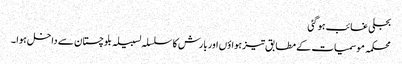
بجلی غائب ہو گئی
محکمہ موسمیات کے مطابق تیز ہواؤں اور بارش کا سلسلہ لسبیلہ بلوچستان سے داخل ہوا ۔